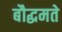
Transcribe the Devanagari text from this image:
बौद्धमते